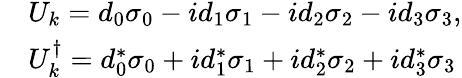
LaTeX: \begin{array}{rl}&{U_{k}=d_{0}\sigma_{0}-id_{1}\sigma_{1}-id_{2}\sigma_{2}-id_{3}\sigma_{3},}\\ &{U_{k}^{\dagger}=d_{0}^{\ast}\sigma_{0}+id_{1}^{\ast}\sigma_{1}+id_{2}^{\ast}\sigma_{2}+id_{3}^{\ast}\sigma_{3}}\end{array}